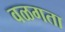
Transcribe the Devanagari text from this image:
वळगता